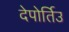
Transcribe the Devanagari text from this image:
देपोर्तिउ